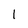
Character: 1